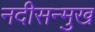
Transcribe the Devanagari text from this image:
नदीसन्मुख